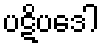
ပဋိပဒေါ